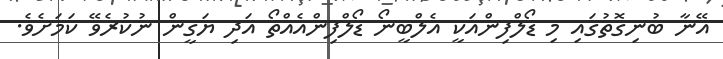
އޭނާ ބުނިގޮތުގައި މި ޑޯލްފިންއަކީ އެލްބީނޯ ޑޯލްފިންއެއްތޯ އަދި ޔަގީން ނުކުރެވޭ ކަމަށެވެ.